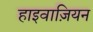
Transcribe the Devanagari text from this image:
हाइवाज़ियन